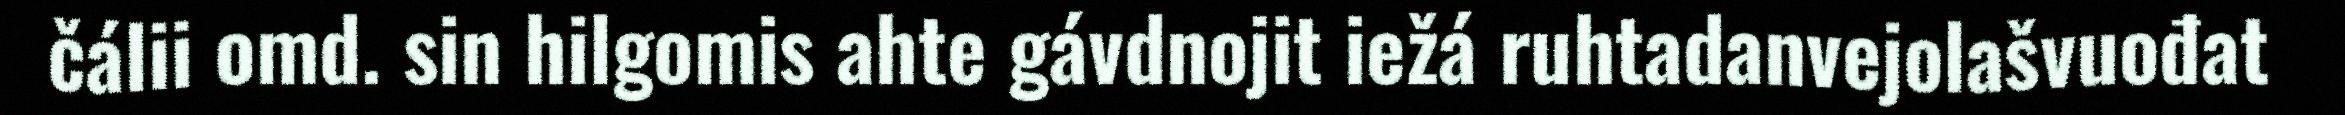
čálii omd. sin hilgomis ahte gávdnojit iežá ruhtadanvejolašvuođat